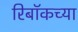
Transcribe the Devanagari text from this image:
रिबॉकच्या